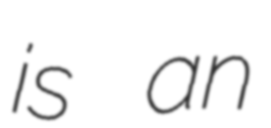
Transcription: is an